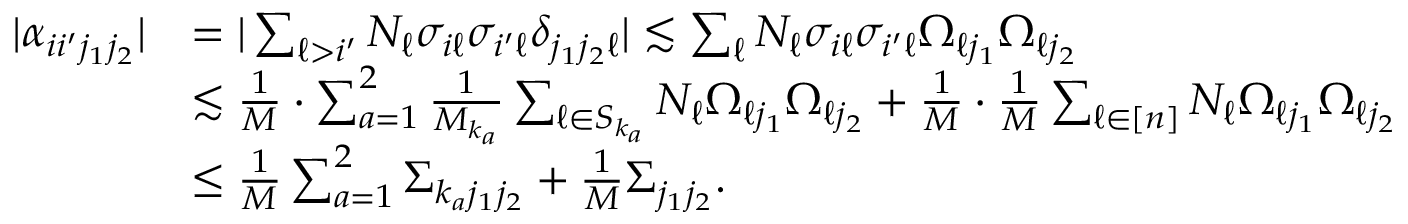
\begin{array} { r l } { | \alpha _ { i i ^ { \prime } j _ { 1 } j _ { 2 } } | } & { = | \sum _ { \ell > i ^ { \prime } } N _ { \ell } \sigma _ { i \ell } \sigma _ { i ^ { \prime } \ell } \delta _ { j _ { 1 } j _ { 2 } \ell } | \lesssim \sum _ { \ell } N _ { \ell } \sigma _ { i \ell } \sigma _ { i ^ { \prime } \ell } \Omega _ { \ell j _ { 1 } } \Omega _ { \ell j _ { 2 } } } \\ & { \lesssim \frac { 1 } { M } \cdot \sum _ { a = 1 } ^ { 2 } \frac { 1 } { M _ { k _ { a } } } \sum _ { \ell \in S _ { k _ { a } } } N _ { \ell } \Omega _ { \ell j _ { 1 } } \Omega _ { \ell j _ { 2 } } + \frac { 1 } { M } \cdot \frac { 1 } { M } \sum _ { \ell \in [ n ] } N _ { \ell } \Omega _ { \ell j _ { 1 } } \Omega _ { \ell j _ { 2 } } } \\ & { \leq \frac { 1 } { M } \sum _ { a = 1 } ^ { 2 } \Sigma _ { k _ { a } j _ { 1 } j _ { 2 } } + \frac { 1 } { M } \Sigma _ { j _ { 1 } j _ { 2 } } . } \end{array}